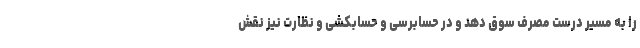
را به مسیر درست مصرف سوق دهد و در حسابرسی و حسابکشی و نظارت نیز نقش